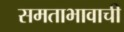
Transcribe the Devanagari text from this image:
समताभावाची